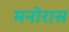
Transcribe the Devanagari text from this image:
मनोरास